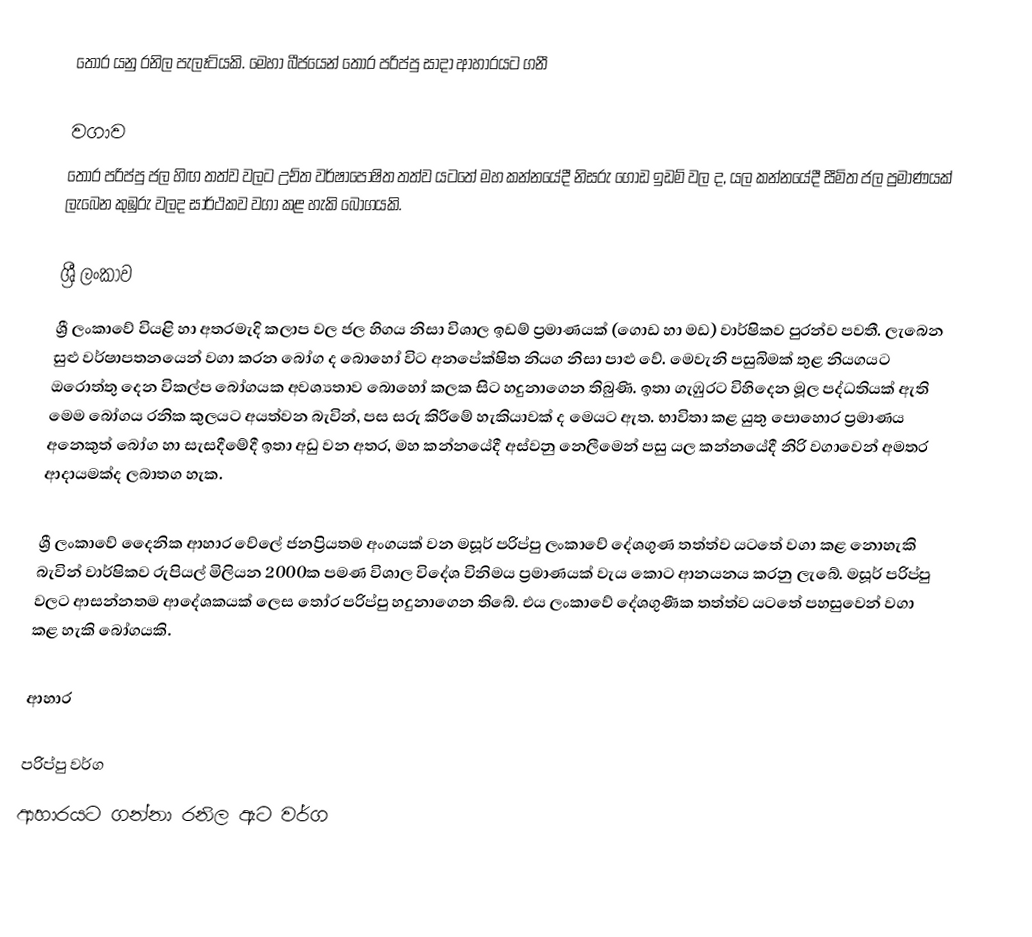
තෝර යනු රනිල පැලෑටියකි. මෙහා බීජයෙන් තෝර පරිප්පු සාදා ආහාරයට ගනී

වගාව
තෝර පරිප්පු ජල හිඟ තත්ව වලට උච්ත වර්ෂාපෝෂිත තත්ව යටතේ මහ කන්නයේදී නිසරු ගොඩ ඉඩම් වල ද, යල කන්නයේදී සීමිත ජල ප්‍රමාණයක් ලැබෙන කුඹුරු වලද සාර්ථකව වගා කළ හැකි බෝගයකි.

ශ්‍රී ලංකාව
ශ්‍රී ලංකාවේ වියළි හා අතරමැදි කලාප වල ජල හිගය නිසා විශාල ඉඩම් ප්‍රමාණයක් (ගොඩ හා මඩ) වාර්ෂිකව පුරන්ව පවතී. ලැබෙන සුළු වර්ෂාපතනයෙන් වගා කරන බෝග ද බොහෝ විට අනපේක්ෂිත නියග නිසා පාළු වේ. මෙවැනි පසුබිමක් තුළ නියගයට ඔරොත්තු දෙන විකල්ප බෝගයක අවශ්‍යතාව බොහෝ කලක සිට හදුනාගෙන තිබුණි. ඉතා ගැඹුරට විහිදෙන මූල පද්ධතියක් ඇති මෙම බෝගය රනික කුලයට අයත්වන බැවින්, පස සරු කිරීමේ හැකියාවක් ද මෙයට ඇත. භාවිතා කළ යුතු පොහොර ප්‍රමාණය අනෙකුත් බෝග හා සැසදීමේදී ඉතා අඩු වන අතර, මහ කන්නයේදී අස්වනු නෙලීමෙන් පසු යල කන්නයේදී නිරි වගාවෙන් අමතර ආදායමක්ද ලබාතග හැක.

ශ්‍රී ලංකාවේ දෛනික ආහාර වේලේ ජනප්‍රියතම අංගයක් වන මසූර් පරිප්පු ලංකාවේ දේශගුණ තත්ත්ව යටතේ වගා කළ නොහැකි බැවින් වාර්ෂිකව රුපියල් මිලියන 2000ක පමණ විශාල විදේශ විනිමය ප්‍රමාණයක් වැය කොට ආනයනය කරනු ලැබේ. මසූර් පරිප්පු වලට ආසන්නතම ආදේශකයක් ලෙස තෝර පරිප්පු හදුනාගෙන තිබේ.  එය ලංකාවේ දේශගුණීක තත්ත්ව යටතේ පහසුවෙන් වගා කළ හැකි බෝගයකි.

ආහාර

පරිප්පු වර්ග
ආහාරයට ගන්නා රනිල ඇට වර්ග